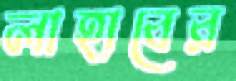
লাহাবের